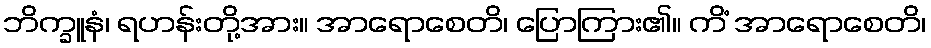
ဘိက္ခူနံ၊ ရဟန်းတို့အား။ အာရောစေတိ၊ ပြောကြား၏။ ကိံ အာရောစေတိ၊